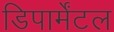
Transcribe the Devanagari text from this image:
डिपार्मेंटल